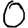
Digit: 0